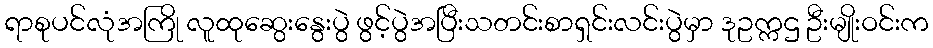
ရာစုပင်လုံအကြို လူထုဆွေးနွေးပွဲ ဖွင့်ပွဲအပြီးသတင်းစာရှင်းလင်းပွဲမှာ ဒုဥက္ကဌ ဦးမျိုးဝင်းက